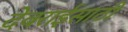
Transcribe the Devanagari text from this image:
देवराईसाठी